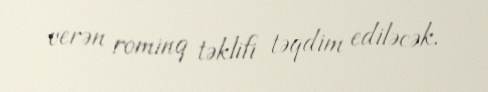
verən rominq təklifi təqdim ediləcək.